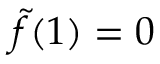
\tilde { f } ( 1 ) = 0